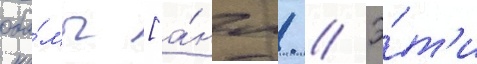
оба́мы [а́нгл. // Э́т'и